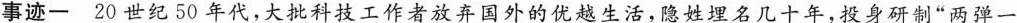
事迹一20世纪50年代，大批科技工作者放弃国外的优越生活，隐姓埋名几十年，投身研制”两弹一